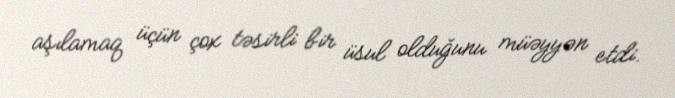
aşılamaq üçün çox təsirli bir üsul olduğunu müəyyən etdi.